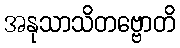
အနုသာသိတဗ္ဗောတိ